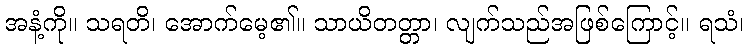
အနံ့ကို။ သရတိ၊ အောက်မေ့၏။ သာယိတတ္တာ၊ လျက်သည်အဖြစ်ကြောင့်။ ရသံ၊